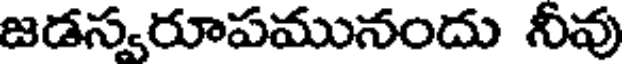
జడస్వరూపమునందు నీవు